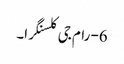
6- رام جی کلسنگرا۔